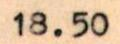
18.50